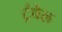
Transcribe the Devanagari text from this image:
ट्रंबेल